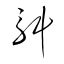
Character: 斛